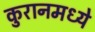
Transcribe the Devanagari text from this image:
कुरानमध्ये